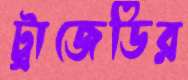
ট্রাজেডির